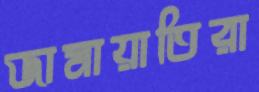
জামায়াতিরা